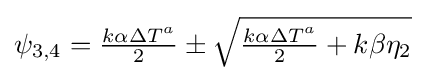
\psi _{3,4}={\tfrac {k\alpha \Delta T^{a}}{2}}\pm {\sqrt {{\tfrac {k\alpha \Delta T^{a}}{2}}+k\beta \eta _{2}}}